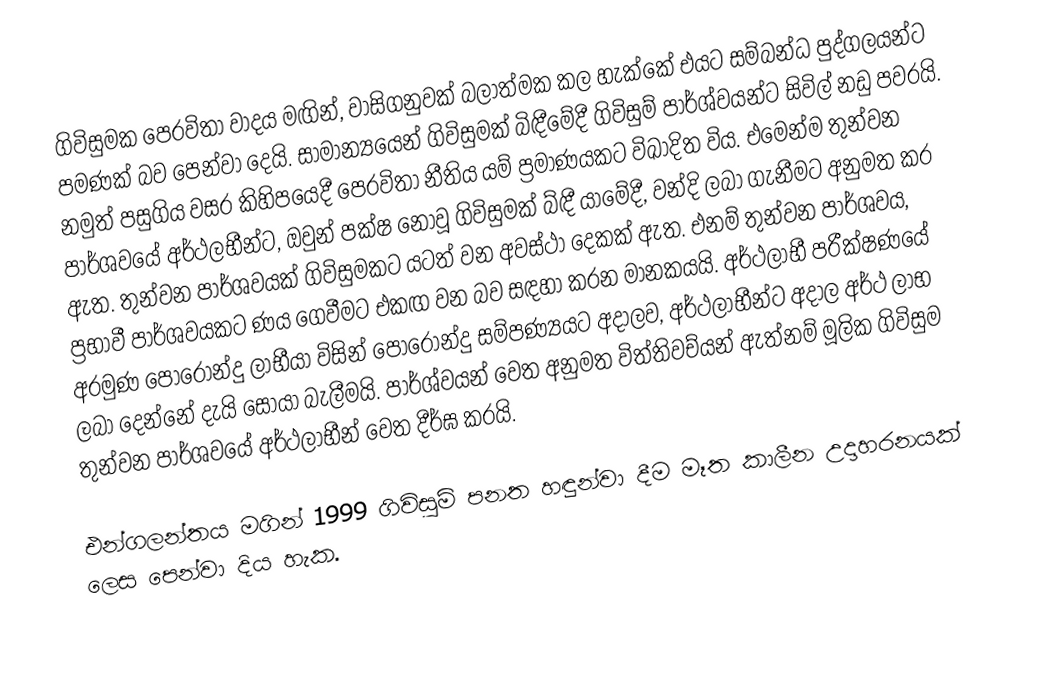
ගිවිසුමක පෙරවිතා වාදය මඟින්, වාසිගනුවක් බලාත්මක කල හැක්කේ එයට සම්බන්ධ පුද්ගලයන්ට පමණක් බව පෙන්වා දෙයි. සාමාන්‍යයෙන් ගිවිසුමක් බිඳීමේදී ගිවිසුම් පාර්ශ්වයන්ට සිවිල් නඩු පවරයි. නමුත් පසුගිය වසර කිහිපයෙදී පෙරවිතා නීතිය යම් ප්‍රමාණයකට විඛාදිත විය. එමෙන්ම තුන්වන පාර්ශවයේ අර්ථලභීන්ට, ඔවුන් පක්ෂ නොවූ ගිවිසුමක් බ්ඳී යාමේදී, වන්දි ලබා ගැනීමට අනුමත කර ඇත. තුන්වන පාර්ශවයක් ගිවිසුමකට යටත් වන අවස්ථා දෙකක් ඇත. එනම් තුන්වන පාර්ශවය, ප්‍රභාවී පාර්ශවයකට ණය ගෙවීමට එකඟ වන බව සඳහා කරන මානකයයි. අර්ථලාභී පරීක්ෂණයේ අරමුණ පොරොන්දු ලාභීයා විසින් පොරොන්දු සම්පණ්‍යයට අදාලව, අර්ථලාභීන්ට අදාල අර්ථ ලාභ ලබා දෙන්නේ දැයි සොයා බැලීමයි. පාර්ශ්වයන් වෙත අනුමත විත්තිවච්යන් ඇත්නම් මූලික ගිවිසුම තුන්වන පාර්ශවයේ අර්ථලාභීන් වෙත දීර්ඝ කරයි.

එන්ගලන්තය මගින් 1999 ගිවිසුම් පනත හඳුන්වා දීම මෑත කාලීන උදාහරනයක් ලෙස පෙන්වා දිය හැක.